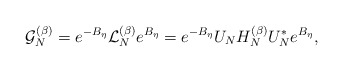
\begin{align*} \mathcal{G}^{(\beta)}_N = e^{-B_\eta} \mathcal{L}_N^{(\beta)} e^{B_\eta} = e^{-B_\eta} U_N H_N^{(\beta)}U_N^* e^{B_\eta},\end{align*}